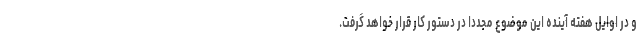
و در اوایل هفته آینده این موضوع مجددا در دستور کار قرار خواهد گرفت.